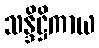
သန္ဒိဋ္ဌိကာယ